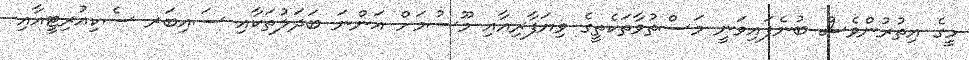
މީގެ އިތުރުންވެސް ބުނެފައިވަނީ މަސްތުވާތަކެތީގެ ވިޔަފާރިއާއި މޫސުމަށް އަންނަ ބަދަލުތަކާއި ސައިބަރ ސެކިއުރިޓީއާއި